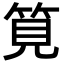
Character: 筧